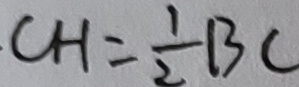
C H = \frac { 1 } { 2 } B C